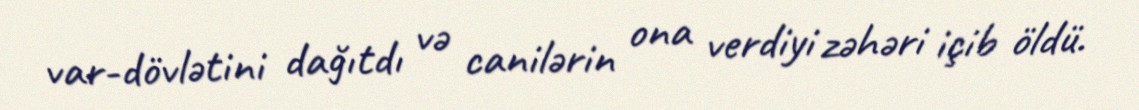
var-dövlətini dağıtdı və canilərin ona verdiyi zəhəri içib öldü.